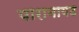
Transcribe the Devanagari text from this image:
पारानायड